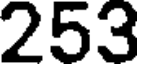
253